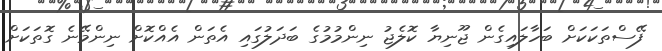
ފޭސްތަކަކަށް ބަހާލައިގެން ޖޫނިޔާ ކޮލެޖު ނިންމުމުގެ ބަދަލުގައި އެތަން އެއްކޮށް ނިންމޭނެ ގޮތަކަށް